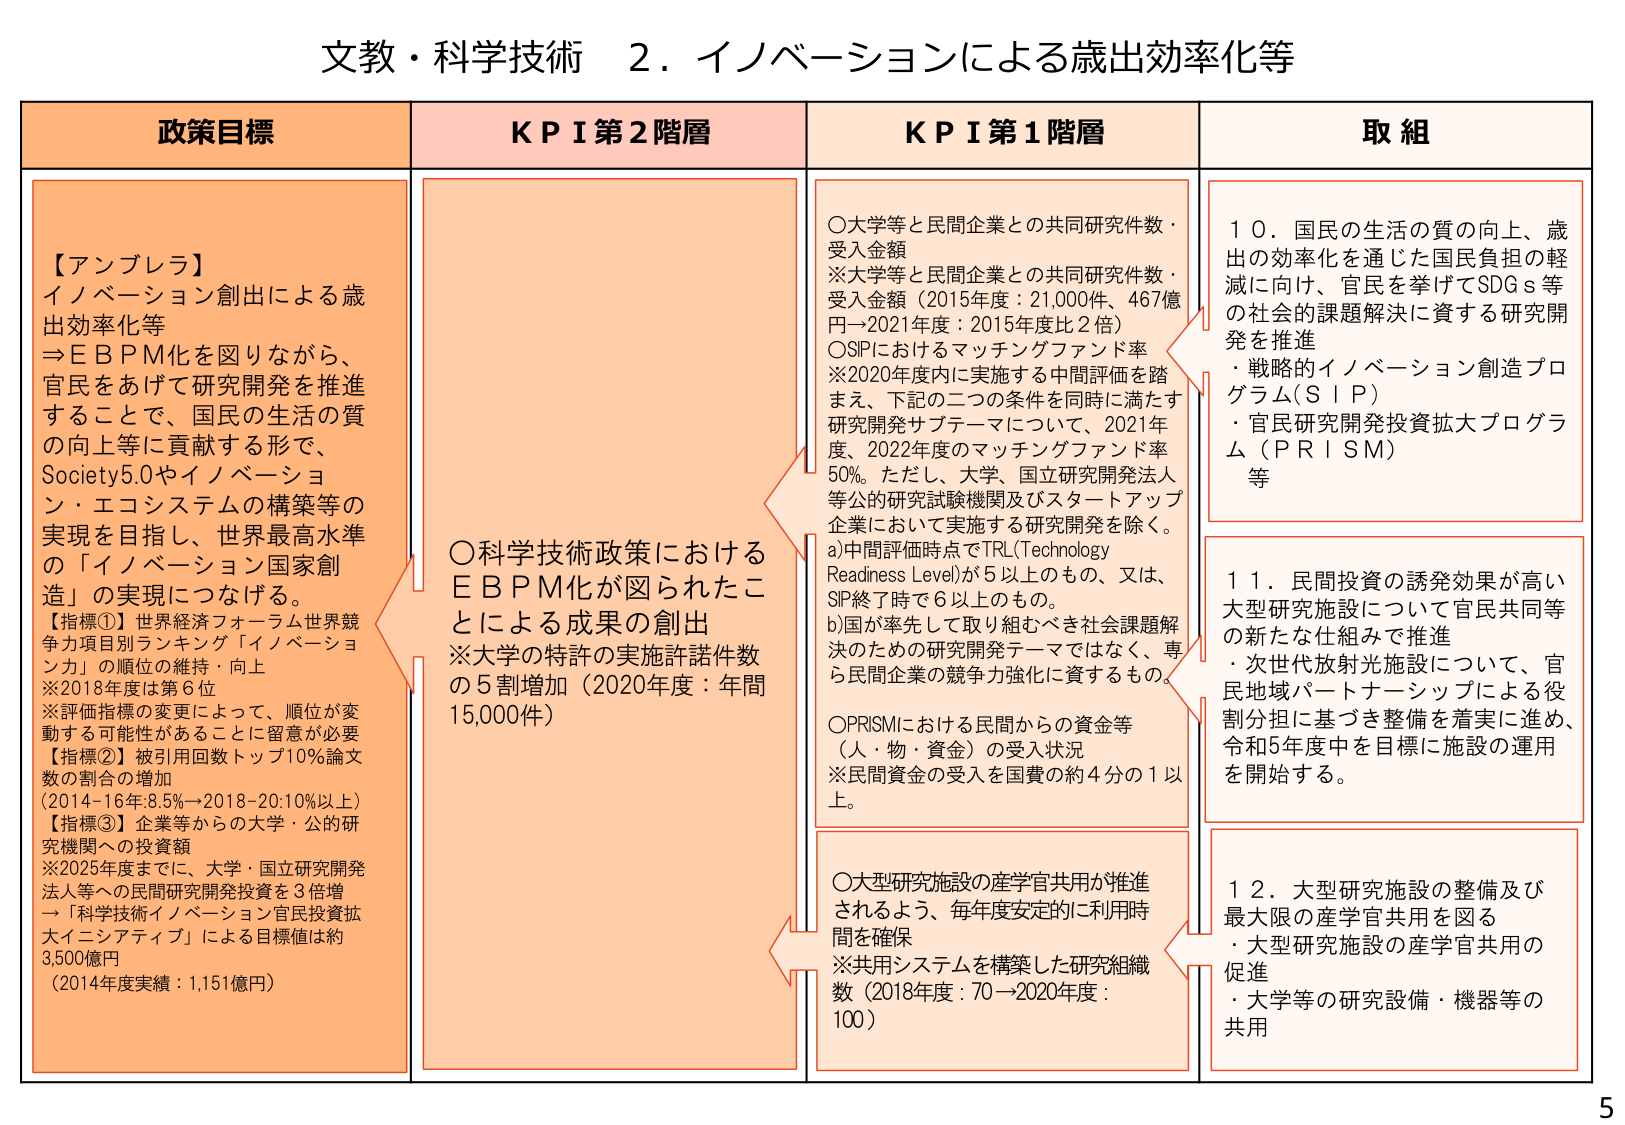
文教・科学技術　２．イノベーションによる歳出効率化等

政策目標
【アンブレラ】
イノベーション創出による歳出効率化等
⇒ＥＢＰＭ化を図りながら、官民をあげて研究開発を推進することで、国民の生活の質の向上等に貢献する形で、Society5.0やイノベーション・エコシステムの構築等の実現を目指し、世界最高水準の「イノベーション国家創造」の実現につなげる。
【指標①】世界経済フォーラム世界競争力項目別ランキング「イノベーション力」の順位の維持・向上
※2018年度は第6位
※評価指標の変更によって、順位が変動する可能性があることに留意が必要
【指標②】被引用回数トップ10%論文数の割合の増加
（2014-16年:8.5%→2018-20:10%以上）
【指標③】企業等からの大学・公的研究機関への投資額
※2025年度までに、大学・国立研究開発法人等への民間研究開発投資を3倍増
→「科学技術イノベーション官民投資拡大イニシアティブ」による目標値は約3,500億円
（2014年度実績：1,151億円）

ＫＰＩ第２階層
〇科学技術政策におけるＥＢＰＭ化が図られたことによる成果の創出
※大学の特許の実施許諾件数の5割増加（2020年度：年間15,000件）

ＫＰＩ第１階層
〇大学等と民間企業との共同研究件数・受入金額
※大学等と民間企業との共同研究件数・受入金額（2015年度：21,000件、467億円→2021年度：2015年度比2倍）
〇SIPにおけるマッチングファンド率
※2020年度内に実施する中間評価を踏まえ、下記の二つの条件を同時に満たす研究開発サブテーマについて、2021年度・2022年度のマッチングファンド率50%。ただし、大学、国立研究開発法人等公的研究試験機関及びスタートアップ企業において実施する研究開発を除く。
a)中間評価時点でTRL(Technology Readiness Level)が5以上のもの、又は、SIP終了時で6以上なもの。
b)国が率先して取り組むべき社会課題解決のための研究開発テーマではなく、専ら民間企業の競争力強化に資するもの。
〇PRISMにおける民間からの資金等（人・物・資金）の受入状況
※民間資金の受入を国費の約4分の1以上。
〇大型研究施設の産学官共用が推進されるよう、毎年度安定的に利用時間を確保
※共用システムを構築した研究組織数（2018年度：70→2020年度：100）

取組
１０．国民の生活の質の向上、歳出の効率化を通じた国民負担の軽減に向け、官民を挙げてSDGs等の社会的課題解決に資する研究開発を推進
・戦略的イノベーション創造プログラム（SIP）
・官民研究開発投資拡大プログラム（PRISM）
等

１１．民間投資の誘発効果が高い大型研究施設について官民共同等の新たな仕組みで推進
・次世代放射光施設について、官民地域パートナーシップによる役割分担に基づき整備を着実に進め、令和5年度中を目標に施設の運用を開始する。

１２．大型研究施設の整備及び最大限の産学官共用を図る
・大型研究施設の産学官共用の促進
・大学等の研究設備・機器等の共用

5